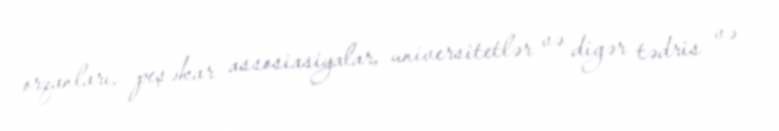
orqanları, peşəkar assosiasiyalar, universitetlər və digər tədris və